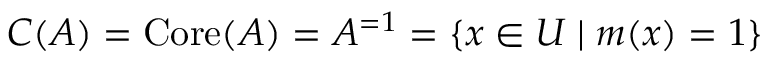
C ( A ) = \operatorname { C o r e } ( A ) = A ^ { = 1 } = \{ x \in U \mid m ( x ) = 1 \}